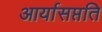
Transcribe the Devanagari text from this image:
आर्यासप्तति